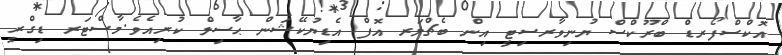
އޮކްސްފޯރޑް ބްރޫކްސް ޔުނިވާރސިޓީ އިން ބެޗްލަރ އޮފް އެޑިޔުކޭޝަން ޙާސިލް ކުރިއެވެ.މާސްޓަރ ޑިގްރީ